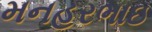
મનહરભાઇ